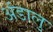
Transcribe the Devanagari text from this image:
अंडालु